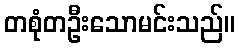
တစုံတဦးသောမင်းသည်။